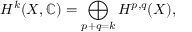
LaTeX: H ^ { k } ( X , \mathbb { C } ) = \bigoplus _ { p + q = k } H ^ { p , q } ( X ) ,